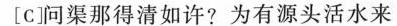
[C]问渠那得清如许?为有源头活水来